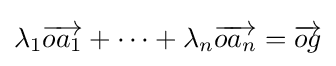
\lambda _{1}{\overrightarrow {oa_{1}}}+\dots +\lambda _{n}{\overrightarrow {oa_{n}}}={\overrightarrow {og}}